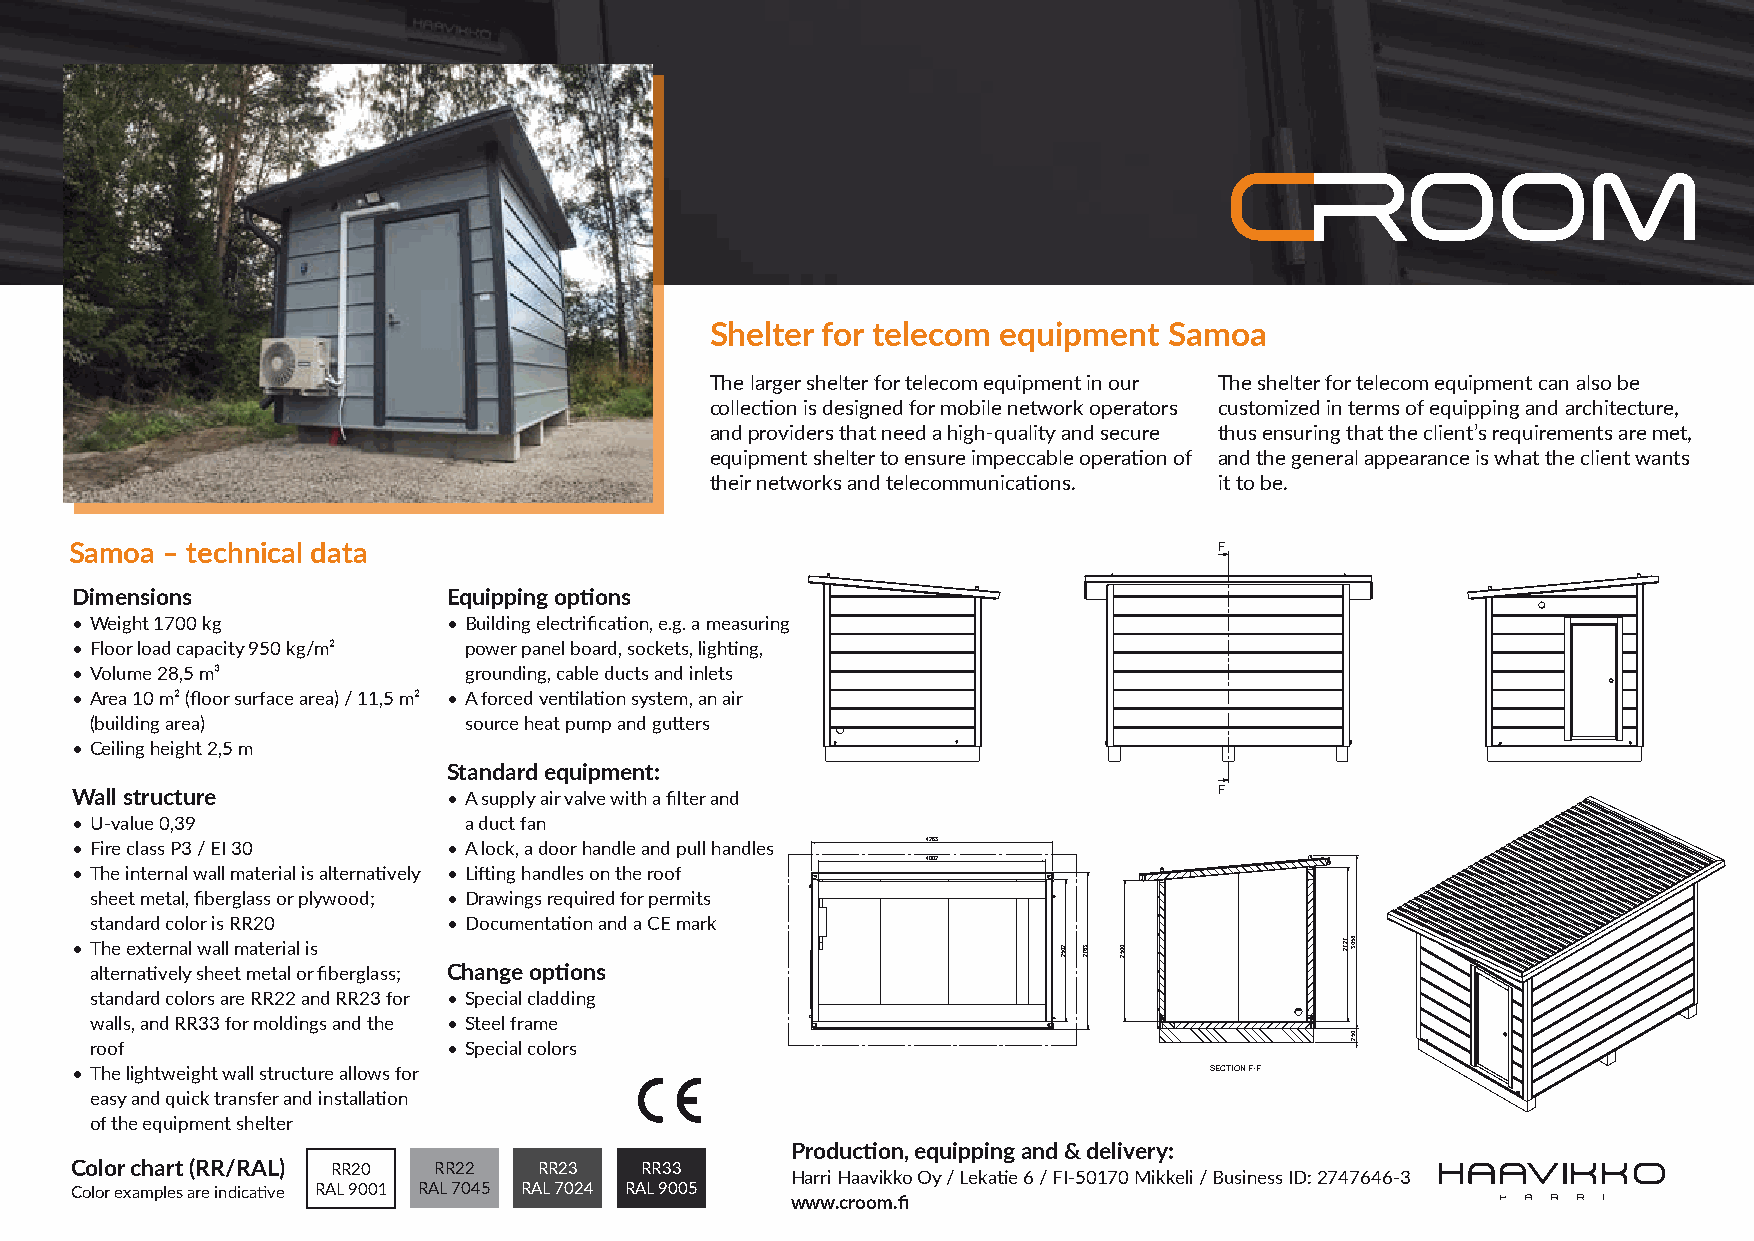
Shelter for telecom equipment Samoa
 The larger shelter for telecom equipment in our The shelter for telecom equipment can also be
 collection is designed for mobile network operators customized in terms of equipping and architecture,
 and providers that need a high-quality and secure thus ensuring that the client’s requirements are met,
 equipment shelter to ensure impeccable operation of and the general appearance is what the client wants
 their networks and telecommunications. it to be.
 F
 Samoa – technical data                                                      F
 Dimensions               Equipping options
 • Weight 1700 kg         • Building electrification, e.g. a measuring
 • Floor load capacity 950 kg/m² power panel board, sockets, lighting,
 • Volume 28,5 m³          grounding, cable ducts and inlets
 • Area 10 m² (floor surface area) / 11,5 m² • A forced ventilation system, an air
 (building area)          source heat pump and gutters
 • Ceiling height 2,5 m
 Standard equipment:                                 F
 Wall structure           • A supply air valve with a filter and             F
 • U-value 0,39            a duct fan
 • Fire class P3 / EI 30  • A lock, a door handle and pull handles 4263
 4002
 • The internal wall material is alternatively • Lifting handles on the roof 4263
 4002
 sheet metal, fiberglass or plywood; • Drawings required for permits
 standard color is RR20  • Documentation and a CE mark
 • The external wall material is
 alternatively sheet metal or fiberglass; Change options
 standard colors are RR22 and RR23 for • Special cladding
 walls, and RR33 for moldings and the • Steel frame
 roof                    • Special colors
 • The lightweight wall structure allows for                                SECTION F-F
 easy and quick transfer and installation                                 SECTION F-F
 of the equipment shelter
 Production, equipping and & delivery:
 Color chart (RR/RAL) RR20 RR22 RR23  RR33
 Harri Haavikko Oy / Lekatie 6 / FI-50170 Mikkeli / Business ID: 2747646-3
 Color examples are indicative RAL 9001 RAL 7045 RAL 7024 RAL 9005
 www.croom.fi
 2052
 2052
 3672
 3672
 0052
 0052
 7272 8503
 052
 7272 8503
 052